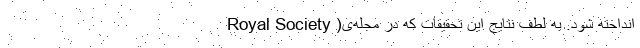
انداخته شود. به لطف نتایج این تحقیقات که در مجله‌ی( Royal Society